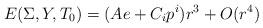
LaTeX: \begin{align*}E(\Sigma, Y, T_0) = (A e + C_i p^i) r^3 + O(r^4)\end{align*}